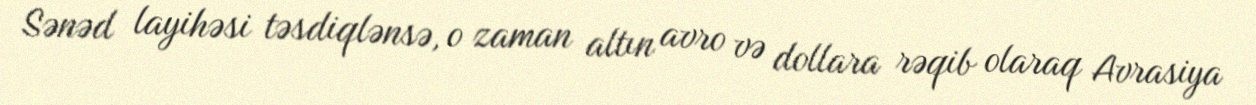
Sənəd layihəsi təsdiqlənsə, o zaman altın avro və dollara rəqib olaraq Avrasiya